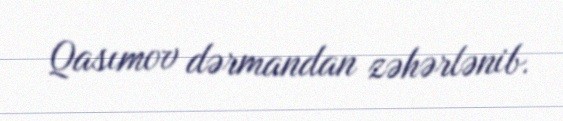
Qasımov dərmandan zəhərlənib.